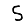
Digit: 5